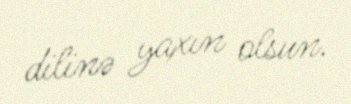
dilinə yaxın olsun.